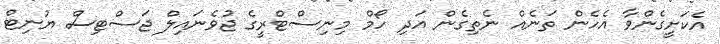
އެކަށީގެންވާ އެހެން ތަނެއް ނެތިގެން އަދި ހޯމް މިނިސްޓްރީގެ ޖުވެނައިލް ޖަސްޓިސް ޔުނިޓް